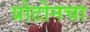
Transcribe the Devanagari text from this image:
प्रोटोनचा